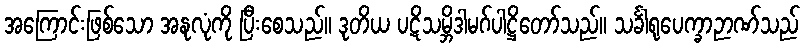
အကြောင်းဖြစ်သော အနုလုံကို ပြီးစေသည်။ ဒုတိယ ပဋိသမ္ဘိဒါမဂ်ပါဋ္ဌိတော်သည်။ သင်္ခါရုပေက္ခာဉာဏ်သည်